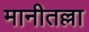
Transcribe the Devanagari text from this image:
मानीतल्ला